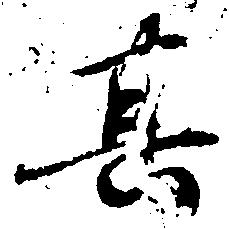
其